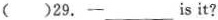
( )29. 一_________is it?